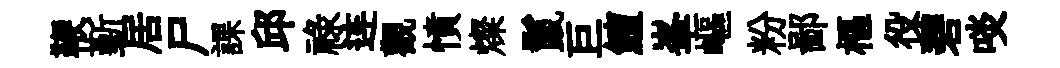
鞭斳居尸課邱祿连觀憤燦鬣巨鱣峯嶇粉鄙樞役碧啖